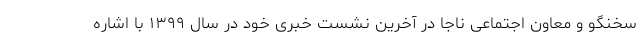
سخنگو و معاون اجتماعی ناجا در آخرین نشست خبری خود در سال ۱۳۹۹ با اشاره